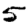
Digit: 5